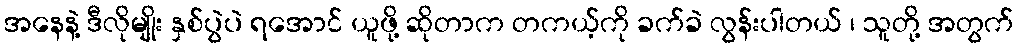
အနေနဲ့ ဒီလိုမျိုး နှစ်ပွဲပဲ ရအောင် ယူဖို့ ဆိုတာက တကယ့်ကို ခက်ခဲ လွန်းပါတယ် ၊ သူတို့ အတွက်